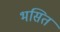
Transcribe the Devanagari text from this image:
भसितं